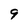
Character: 9